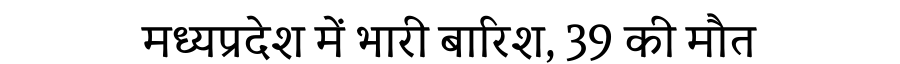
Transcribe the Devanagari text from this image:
मध्यप्रदेश में भारी बारिश, 39 की मौत